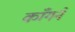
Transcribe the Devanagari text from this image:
काँगने